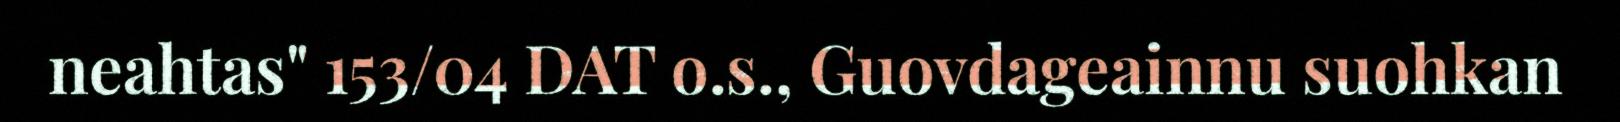
neahtas" 153/04 DAT o.s., Guovdageainnu suohkan